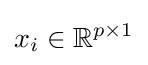
x_{i}\in \mathbb {R} ^{p\times 1}